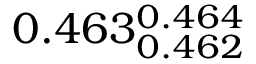
0 . 4 6 3 _ { 0 . 4 6 2 } ^ { 0 . 4 6 4 }